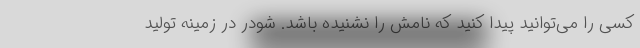
کسی را می‌توانید پیدا کنید که نامش را نشنیده باشد. شودر در زمینه تولید